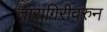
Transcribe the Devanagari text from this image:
तारागिरीवरुन